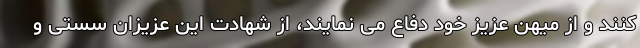
کنند و از میهن عزیز خود دفاع می نمایند، از شهادت این عزیزان سستی و